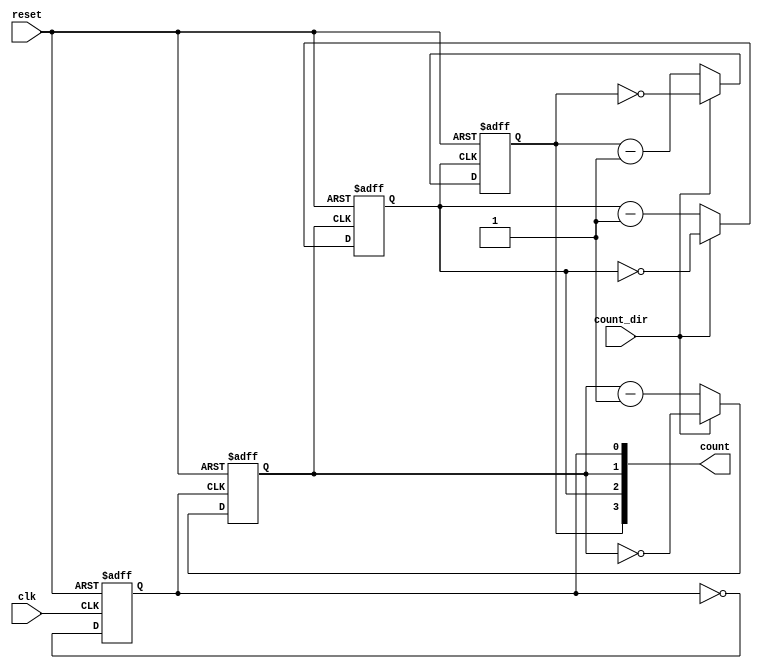
module async_counter (
    input wire clk,          // Clock input
    input wire reset,        // Asynchronous reset input
    input wire count_dir,    // Count direction: 1 for up, 0 for down
    output reg [3:0] count   // 4-bit output count
);

    // Flip-flop for the least significant bit (LSB)
    always @(posedge clk or posedge reset) begin
        if (reset) begin
            count[0] <= 1'b0;
        end else begin
            count[0] <= ~count[0]; // Toggle LSB
        end
    end

    // Flip-flop for the second bit
    always @(negedge count[0] or posedge reset) begin
        if (reset) begin
            count[1] <= 1'b0;
        end else begin
            if (count_dir) begin
                count[1] <= ~count[1]; // Toggle if counting up
            end else begin
                count[1] <= count[1] - 1; // Count down
            end
        end
    end

    // Flip-flop for the third bit
    always @(negedge count[1] or posedge reset) begin
        if (reset) begin
            count[2] <= 1'b0;
        end else begin
            if (count_dir) begin
                count[2] <= ~count[2]; // Toggle if counting up
            end else begin
                count[2] <= count[2] - 1; // Count down
            end
        end
    end

    // Flip-flop for the most significant bit (MSB)
    always @(negedge count[2] or posedge reset) begin
        if (reset) begin
            count[3] <= 1'b0;
        end else begin
            if (count_dir) begin
                count[3] <= ~count[3]; // Toggle if counting up
            end else begin
                count[3] <= count[3] - 1; // Count down
            end
        end
    end

endmodule